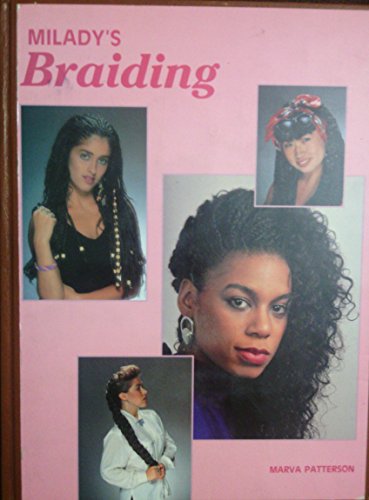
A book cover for Braiding; Marva Patteson; Health, Fitness & Dieting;